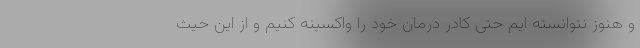
و هنوز نتوانسته ایم حتی کادر درمان خود را واکسینه کنیم و از این حیث